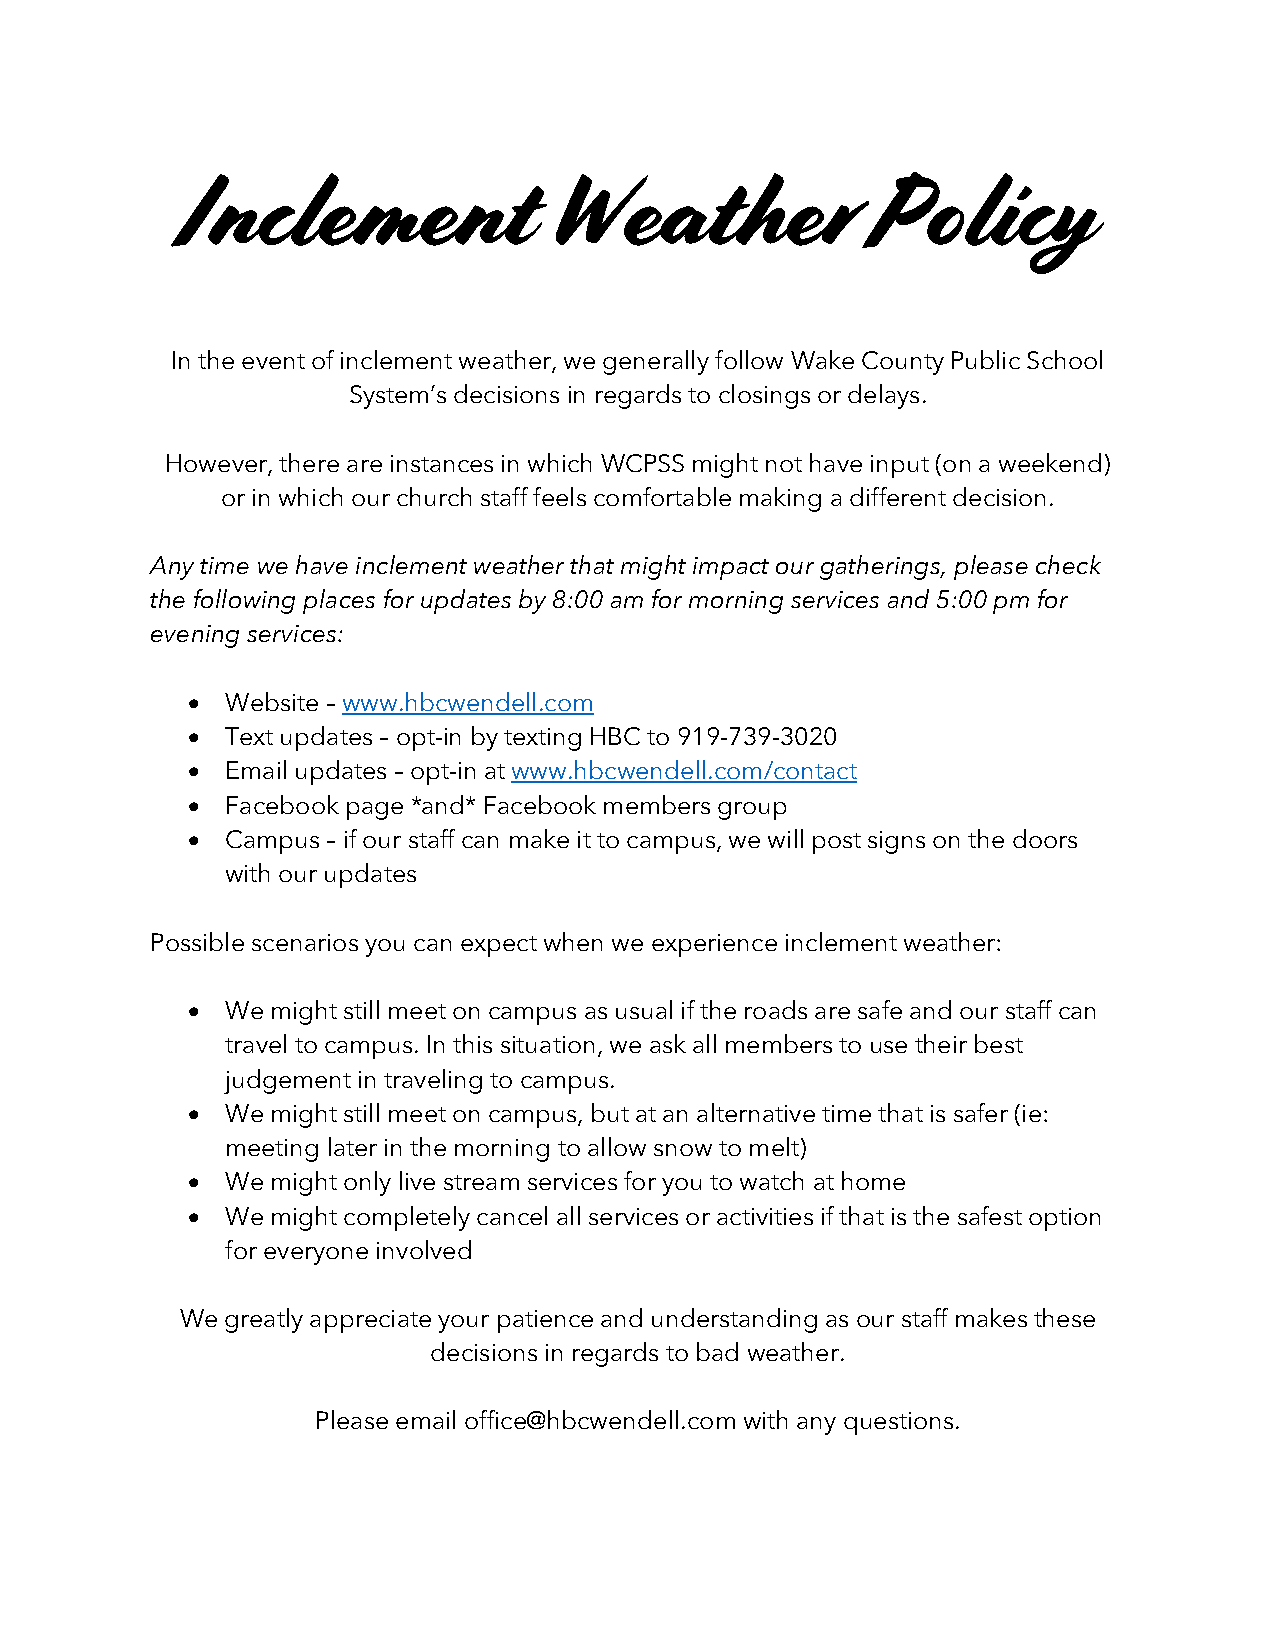
Inclement               Weather               Policy
 In the event of inclement weather, we generally follow Wake County Public School
 System’s decisions in regards to closings or delays.
 However, there are instances in which WCPSS might not have input (on a weekend)
 or in which our church staff feels comfortable making a different decision.
 Any time we have inclement weather that might impact our gatherings, please check
 the following places for updates by 8:00 am for morning services and 5:00 pm for
 evening services:
 •  Website – www.hbcwendell.com
 •  Text updates – opt-in by texting HBC to 919-739-3020
 •  Email updates – opt-in at www.hbcwendell.com/contact
 •  Facebook page *and* Facebook members group
 •  Campus – if our staff can make it to campus, we will post signs on the doors
 with our updates
 Possible scenarios you can expect when we experience inclement weather:
 •  We might still meet on campus as usual if the roads are safe and our staff can
 travel to campus. In this situation, we ask all members to use their best
 judgement in traveling to campus.
 •  We might still meet on campus, but at an alternative time that is safer (ie:
 meeting later in the morning to allow snow to melt)
 •  We might only live stream services for you to watch at home
 •  We might completely cancel all services or activities if that is the safest option
 for everyone involved
 We greatly appreciate your patience and understanding as our staff makes these
 decisions in regards to bad weather.
 Please email office@hbcwendell.com with any questions.